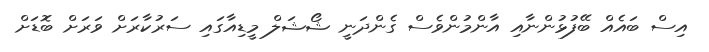
އިސް ބައެއް ބޭފުޅުންނާއި އާންމުންވެސް ގެންދަނީ ޝޯޝަލް މީޑިއާގައި ސަރުކާރަށް ވަރަށް ބޮޑަށް